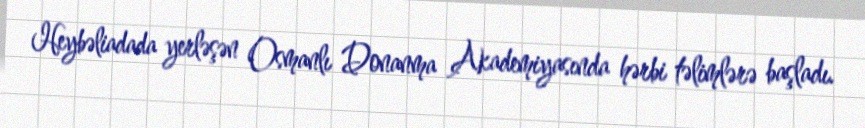
Heybəliadada yerləşən Osmanlı Donanma Akademiyasında hərbi təlimlərə başladı.